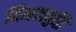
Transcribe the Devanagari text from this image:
विमलबुद्धि